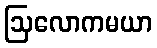
ဩလောကမယာ